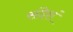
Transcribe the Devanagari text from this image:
संदेशं